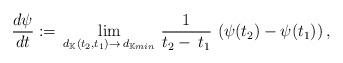
LaTeX: \begin{align*}\frac{d\psi}{dt}:=\,\lim_{d_{\mathbb{K}}(t_2,t_1)\to \,d_{\mathbb{K}min}}\,\frac{1}{t_2 -\,t_1}\,\left(\psi(t_2)-\psi(t_1)\right),\end{align*}